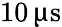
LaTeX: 10\, \upmu\mathrm{s}